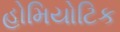
હોમિયોટિક